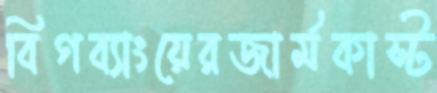
বিগব্যাংয়েরজার্মকাস্ট